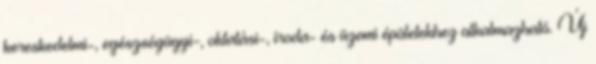
kereskedelmi-, egészségügyi-, oktatási-, iroda- és üzemi épületekhez alkalmazható. Új